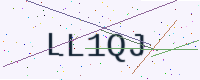
Text: LL1QJ